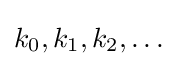
k_{0},k_{1},k_{2},\dots